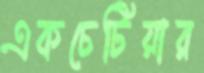
একচেটিয়ার